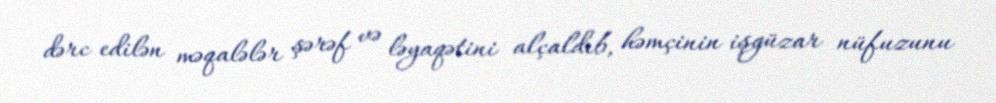
dərc edilən məqalələr şərəf və ləyaqətini alçaldıb, həmçinin işgüzar nüfuzunu